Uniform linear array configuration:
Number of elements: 64
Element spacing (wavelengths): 0.5
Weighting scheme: hamming
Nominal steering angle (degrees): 15
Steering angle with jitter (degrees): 14.911
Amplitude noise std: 0.05
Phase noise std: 0.05

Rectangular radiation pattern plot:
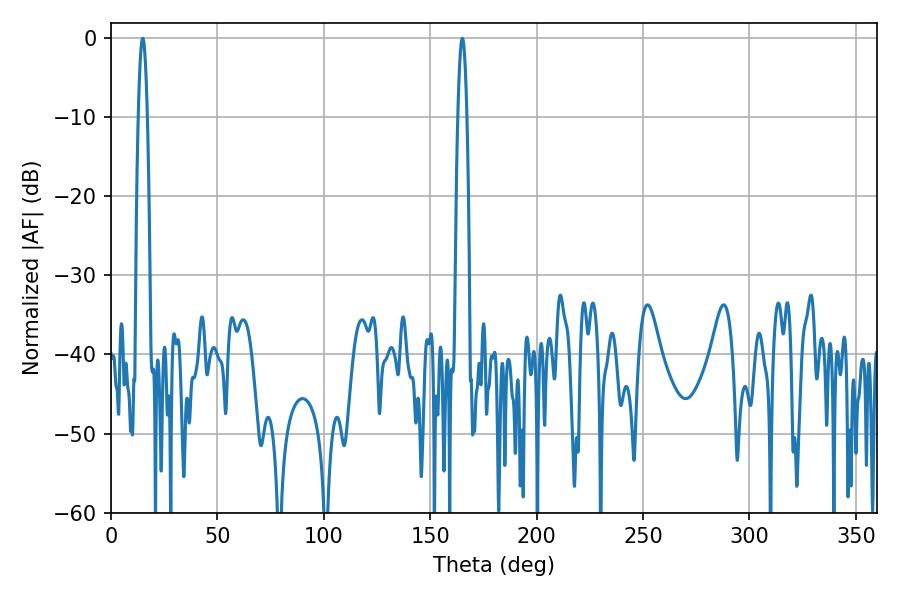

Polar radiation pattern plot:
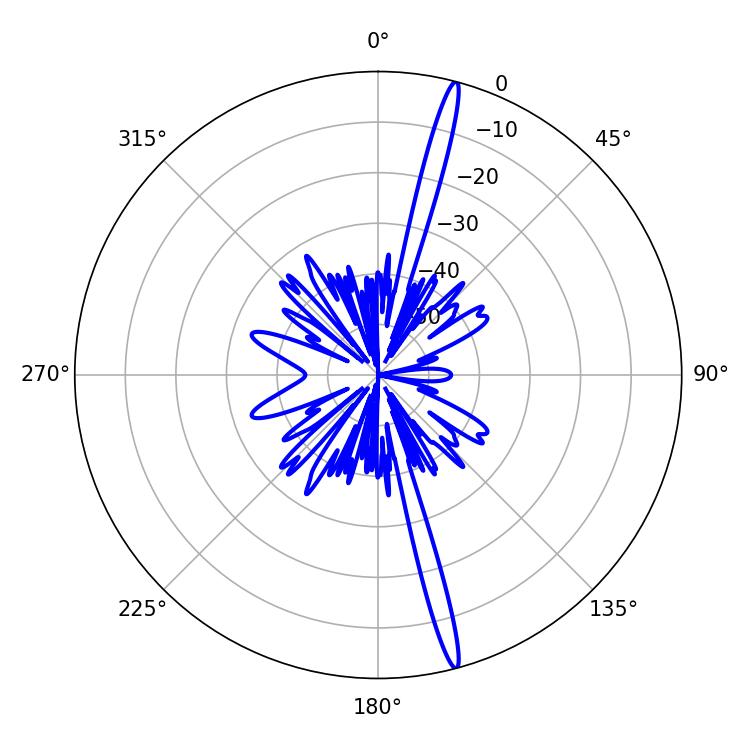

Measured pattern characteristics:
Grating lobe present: FALSE
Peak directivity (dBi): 19.411
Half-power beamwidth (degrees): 2.16
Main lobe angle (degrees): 165.06